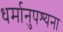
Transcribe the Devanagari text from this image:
धर्मानुपश्यना